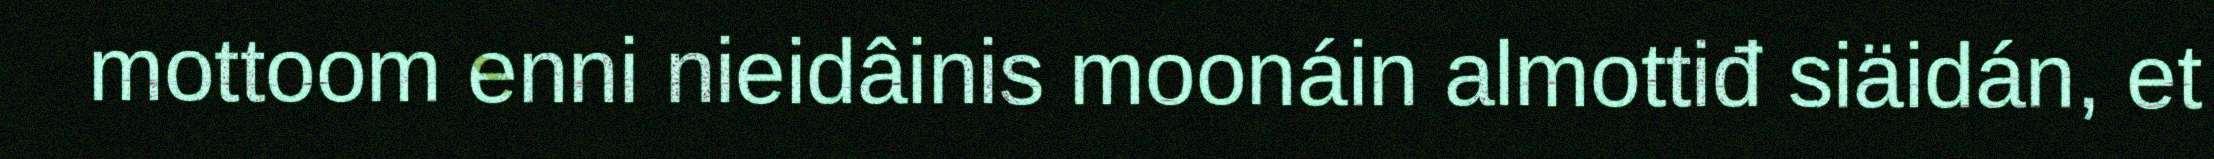
mottoom enni nieidâinis moonáin almottiđ siäidán, et